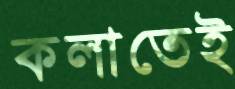
কলাতেই